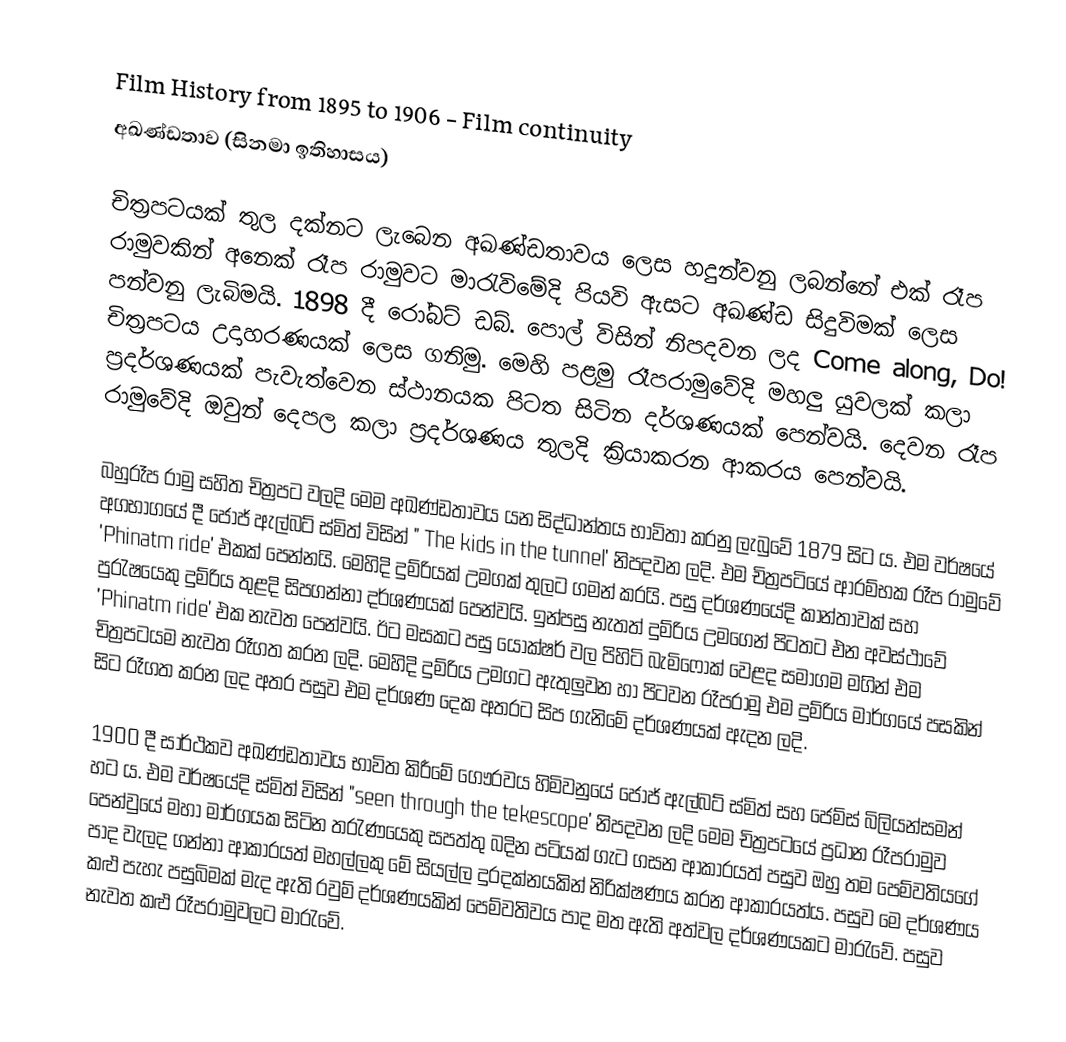
Film History from 1895 to 1906 - Film continuity
අඛණ්ඩතාව (සිනමා ඉතිහාසය)

චිත්‍රපටයක් තුල දක්නට ලැබෙන අඛණ්ඩතාවය ලෙස හදුන්වනු ලබන්නේ එක් රෑප රාමුවකින් අනෙක් රෑප රාමුවට මාරැවිමේදි පියවි ඇසට අඛණ්ඩ සිදුවිමක් ලෙස පන්වනු ලැබිමයි. 1898 දී රෝබට් ඩබ්. පොල් විසින් නිපදවන ලද Come along, Do! චිත්‍රපටය උදාහරණයක් ලෙස ගනිමු. මෙහි පළමු රෑපරාමුවේදි මහලු යුවලක් කලා ප්‍රදර්ශණයක් පැවැත්වෙන ස්ථානයක පිටත සිටින දර්ශණයක් පෙන්වයි. දෙවන රෑප රාමුවේදි ඔවුන් දෙපල කලා ප්‍රදර්ශණය තුලදි ක්‍රියාකරන ආකරය පෙන්වයි.

	බහුරෑප රාමු සහිත චිත්‍රපට වලදි මෙම අඛණ්ඩතාවය යන සිද්ධාන්තය භාවිතා කරනු ලැබුවේ 1879 සිට ය. එම වර්ෂයේ අගභාගයේ දී ‍ජෝජ් ඇල්බට් ස්මිත් විසින් " The kids in the tunnel' නිපදවන ලදි. එම චිත්‍රපටියේ ආරම්භක රෑප රාමුවේ 'Phinatm ride' එකක් පෙන්නයි. මෙහිදි දුම්රියක් උමගක් තුලට ගමන් කරයි. පසු දර්ශණයේදි කාන්තාවක් සහ පුරැෂයෙකු දුම්රිය තුළදි සිපගන්නා දර්ශණයක් පෙන්වයි. ඉන්පසු නැතත් දුම්රිය උමගෙන් පිටතට එන අවස්ථාවේ 'Phinatm ride' එක නැවත පෙන්වයි. ඊට මසකට පසු යොක්ෂර් වල පිහිටි බැමිෆොක් වෙළද සමාගම මගින් එම චිත්‍රපටයම නැවත රෑගත කරන ලදි. මෙහිදි දුම්රිය උමගට ඇතුලුවන හා පිටවන රෑපරාමු එම දුම්රිය මාර්ගයේ පසකින් සිට රෑගත කරන ලද අතර පසුව එම දර්ශණ දෙක අතර‍ට සිප ගැනිමේ දර්ශණයක් ඇදන ලදි.

	1900 දී සාර්ථකව අඛණ්ඩතාවය භාවිත කිරීමේ ගෞරවය හිමිවනුයේ ජෝජ් ඇල්බට් ස්මිත් සහ ජෙම්ස් බිලියන්සමන් හට ය. එම වර්ෂයේදි ස්මිත් විසින් "seen through the tekescope' නිපදවන ලදි මෙම චිත්‍රපටයේ ප්‍රධාන රෑපරාමුව පෙන්වුයේ මහා මාර්ග‍යක සිටින තරැණයෙකු සපත්තු බදින පටියක් ගැට ගසන ආකාරයත් පසුව ඔහු තම පෙම්වතියගේ පාද වැලද ගන්නා ආකාරයත් මහල්ලකු මේ සියල්ල දුරදක්නයකින් නිරික්ෂණය කරන ආකාරයත්ය. පසුව මෙ දර්ශණය කළු පැහැ පසුබිමක් මැද ඇති රවුම් දර්ශණයකින් පෙම්වතිවය පාද මත ඇති අත්වල දර්ශණයකට මාරැවේ. පසුව නැවත කළු රෑපරාමුවලට මාරැවේ.